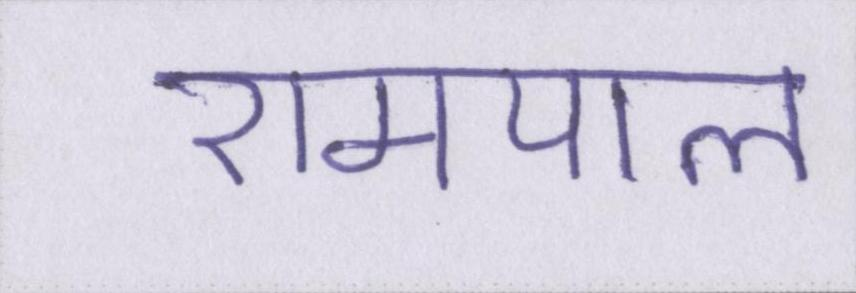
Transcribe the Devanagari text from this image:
रामपाल